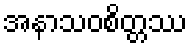
အနာသဝစိတ္တဿ